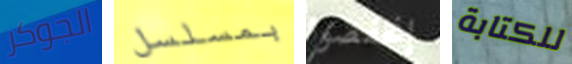
الجوكر بمسلسل إنخفضوا للكتابة